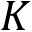
K